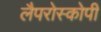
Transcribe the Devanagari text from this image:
लैपरोस्कोपी